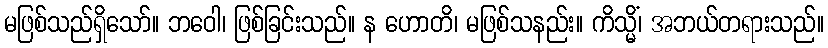
မဖြစ်သည်ရှိသော်။ ဘဝေါ၊ ဖြစ်ခြင်းသည်။ န ဟောတိ၊ မဖြစ်သနည်း။ ကိသ္မိံ၊ အဘယ်တရားသည်။